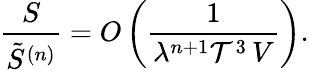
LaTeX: \frac{S}{\tilde{S}^{(n)}}=O\left(\frac{1}{\lambda^{n+1}{\cal T}^{3}\, V}\right).